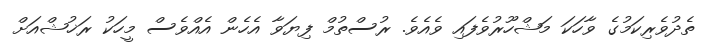
ތެދުވެރިކަމުގެ ވާހަަކަ މަޝްހޫރުވެފައި ވެއެވެ. ރުސްތުމް ފިޔަވާ އެހެން އެއްވެސް މީހަކު ރަޚުޝްއަށް